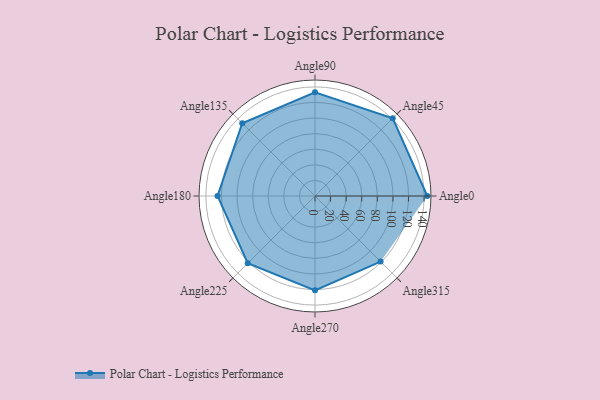
{"axis": {"x": "Angle", "y": "Radius"}, "legend": [""], "data": [{"x": "Angle0", "y": 144.0, "type": ""}, {"x": "Angle45", "y": 141.0, "type": ""}, {"x": "Angle90", "y": 133.0, "type": ""}, {"x": "Angle135", "y": 132.0, "type": ""}, {"x": "Angle180", "y": 125.0, "type": ""}, {"x": "Angle225", "y": 122.0, "type": ""}, {"x": "Angle270", "y": 121.0, "type": ""}, {"x": "Angle315", "y": 119.0, "type": ""}]}